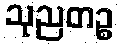
သုညတဉ္စ